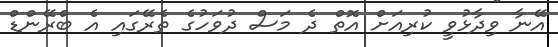
އޭނާ ވިދާޅުވީ ކުރިއަށް އޮތް ދެ މަސް ދުވަހުގެ ތެރޭގައި އެ ބްރޭންޑް